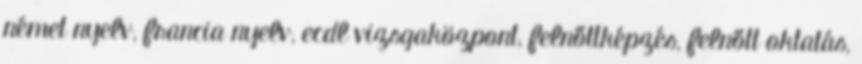
német nyelv, francia nyelv, ecdl vizsgaközpont, felnőttképzés, felnőtt oktatás,